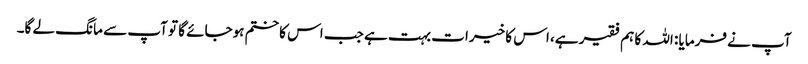
آپ نے فرمایا : اللہ کا ہم فقیر ہے، اس کا خیرات بہت ہے جب اس کا ختم ہوجائے گا تو آپ سے مانگ لے گا۔